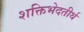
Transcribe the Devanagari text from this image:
शक्तिभेदतीर्थ